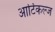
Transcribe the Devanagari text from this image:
आर्टिकल्ज